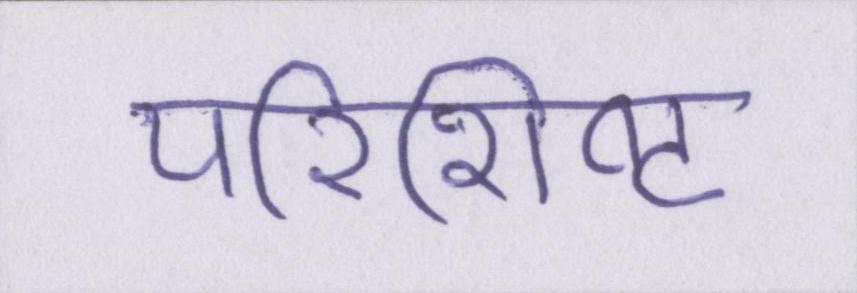
परिशिष्ट